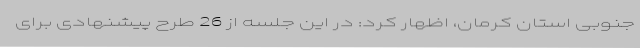
جنوبی استان کرمان، اظهار کرد: در این جلسه از 26 طرح پیشنهادی برای